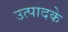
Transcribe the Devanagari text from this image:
उत्पादके